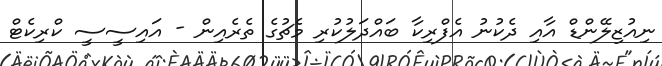
ނިއުޒިލޭންޑް އާއި ދެކުނު އެފްރިކާ ބައްދަލުކުރި މެޗުގެ ތެރެއިން - އައިސީސީ ކްރިކެޓް